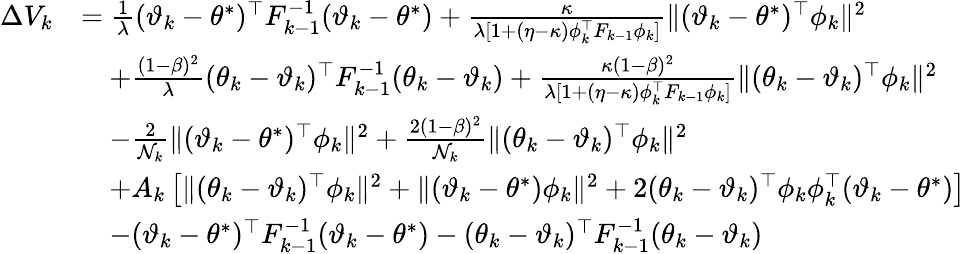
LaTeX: \begin{array}{rl}{\Delta V_{k}}&{=\frac{1}{\lambda}(\vartheta_{k}-\theta^{*})^{\top}F_{k-1}^{-1}(\vartheta_{k}-\theta^{*})+\frac{\kappa}{\lambda[1+(\eta-\kappa)\phi_{k}^{\top}F_{k-1}\phi_{k}]}\| (\vartheta_{k}-\theta^{*})^{\top}\phi_{k}\| ^{2}}\\ &{\quad+\frac{(1-\beta)^{2}}{\lambda}(\theta_{k}-\vartheta_{k})^{\top}F_{k-1}^{-1}(\theta_{k}-\vartheta_{k})+\frac{\kappa(1-\beta)^{2}}{\lambda[1+(\eta-\kappa)\phi_{k}^{\top}F_{k-1}\phi_{k}]}\| (\theta_{k}-\vartheta_{k})^{\top}\phi_{k}\| ^{2}}\\ &{\quad-\frac{2}{\mathcal{N}_{k}}\| (\vartheta_{k}-\theta^{*})^{\top}\phi_{k}\| ^{2}+\frac{2(1-\beta)^{2}}{\mathcal{N}_{k}}\| (\theta_{k}-\vartheta_{k})^{\top}\phi_{k}\| ^{2}}\\ &{\quad+A_{k}\left[\| (\theta_{k}-\vartheta_{k})^{\top}\phi_{k}\| ^{2}+\| (\vartheta_{k}-\theta^{*})\phi_{k}\| ^{2}\right.+\left.2(\theta_{k}-\vartheta_{k})^{\top}\phi_{k}\phi_{k}^{\top}(\vartheta_{k}-\theta^{*})\right]}\\ &{\quad-(\vartheta_{k}-\theta^{*})^{\top}F_{k-1}^{-1}(\vartheta_{k}-\theta^{*})-(\theta_{k}-\vartheta_{k})^{\top}F_{k-1}^{-1}(\theta_{k}-\vartheta_{k})}\end{array}